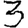
Digit: 3